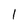
Character: 1